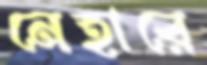
নেহারে